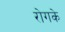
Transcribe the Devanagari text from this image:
रोगके